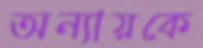
অন্যায়কে